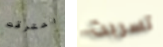
احترقت تسربت